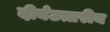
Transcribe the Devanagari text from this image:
दीर्घउत्तरीय